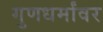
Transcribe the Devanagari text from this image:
गुणधर्मांवर